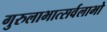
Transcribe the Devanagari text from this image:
गुरुलाभात्सर्वलाभो